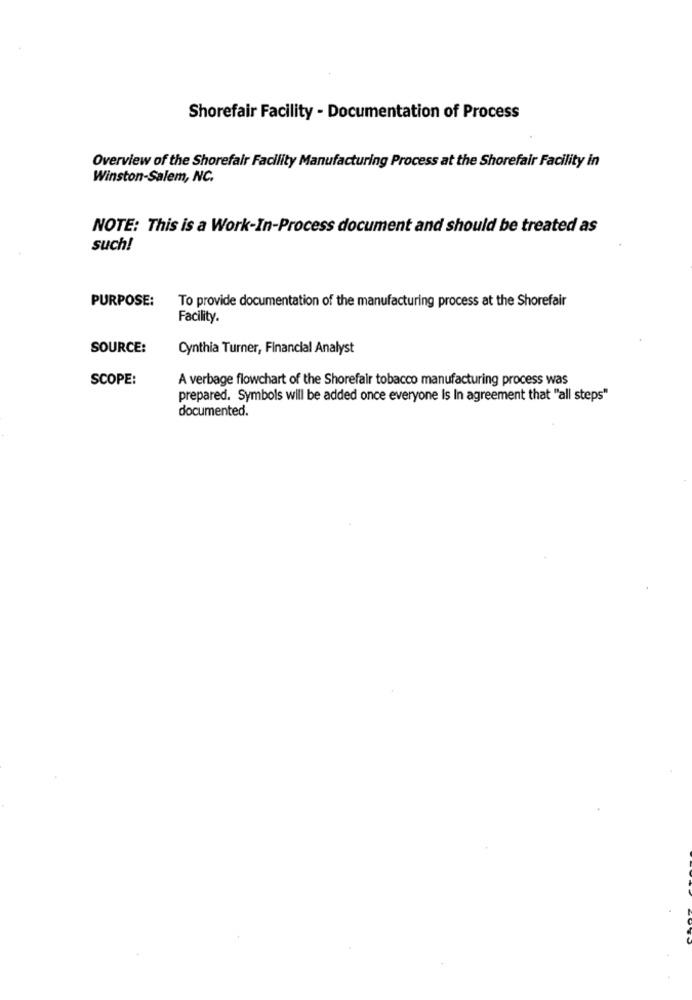
Shorefair Facility - Documentation of Process
Overview of the Shorefair Facility Manufacturing Process at the Shorefair Facility in
Winston-Salem, NC.
NOTE: This is a Work-In-Process document and should be treated as
such!
PURPOSE:
To provide documentation of the manufacturing process at the Shorefair
Facility.
SOURCE:
Cynthia Turner, Financial Analyst
SCOPE:
A verbage flowchart of the Shorefair tobacco manufacturing process was
prepared. Symbols will be added once everyone Is In agreement that "all steps"
documented.